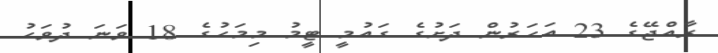
ރާއްޖޭގެ 23 އަހަރުން ދަށުގެ ގައުމީ ޓީމު މިމަހުގެ 18 ވަނަ ދުވަހު